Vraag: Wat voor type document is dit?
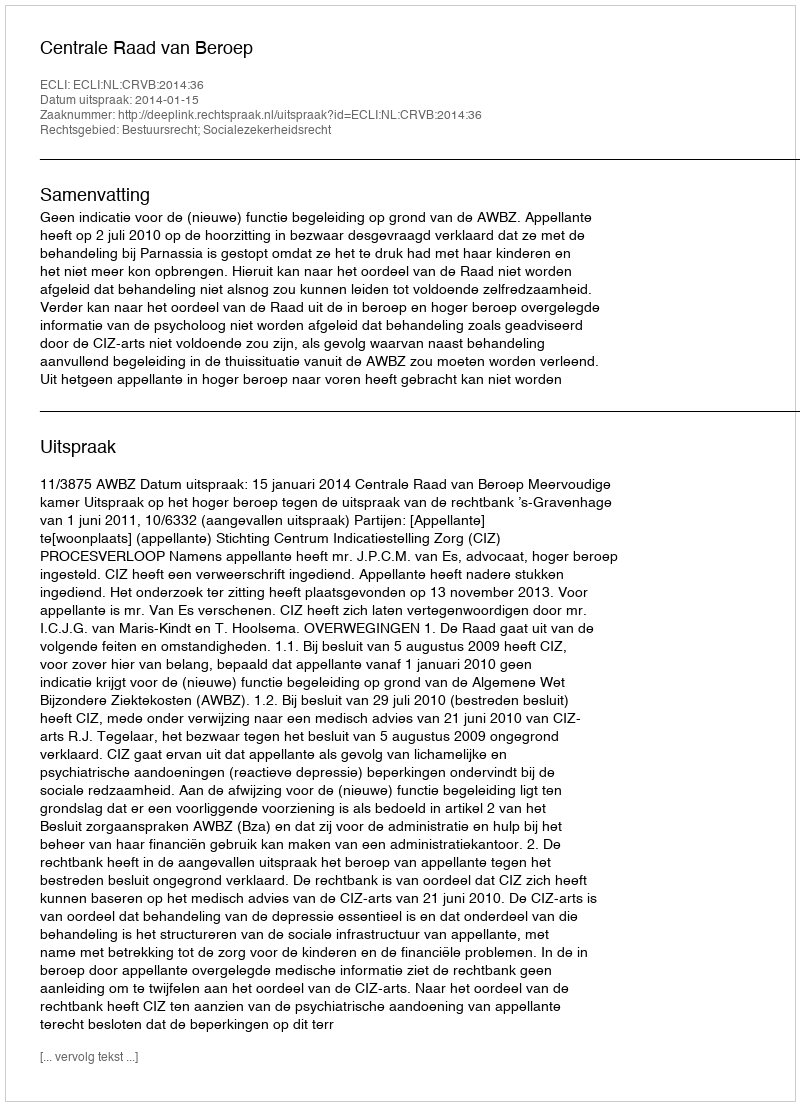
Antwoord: Uitspraak